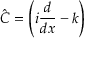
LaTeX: { \hat { C } } = \left( i { \frac { d } { d x } } - k \right)